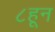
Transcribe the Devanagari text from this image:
८हून